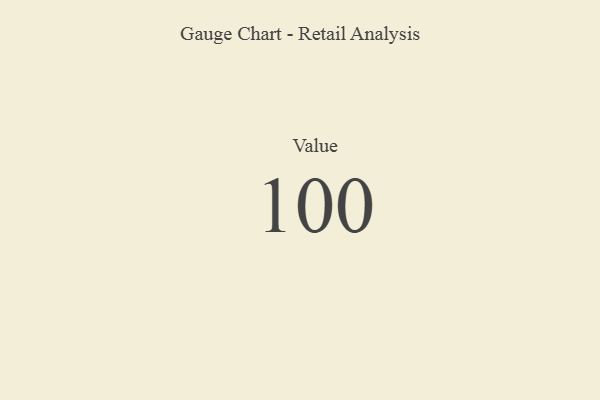
{"axis": {"x": "Metric", "y": "Value"}, "legend": [""], "data": [{"x": "Value", "y": 100, "type": ""}]}